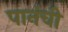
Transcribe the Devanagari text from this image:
पानंची